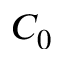
C _ { 0 }